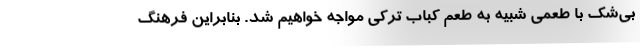
بی‌شک با طعمی شبیه به طعم کباب ترکی مواجه خواهیم شد. بنابراین فرهنگ